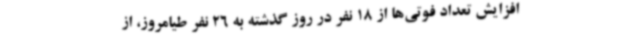
افزایش تعداد فوتی‌ها از 18 نفر در روز گذشته به 26 نفر طیامروز، از